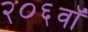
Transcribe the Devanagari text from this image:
२०६वॉ